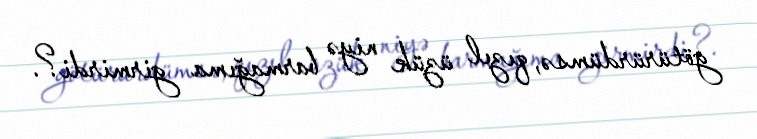
götürürdümsə, qızıl üzük niyə barmağıma girmirdi?.